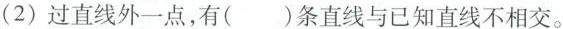
(2)过直线外一点，有()条直线与已知直线不相交。